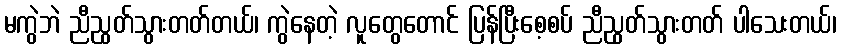
မကွဲဘဲ ညီညွတ်သွားတတ်တယ်၊ ကွဲနေတဲ့ လူတွေတောင် ပြန်ပြီးစေ့စပ် ညီညွတ်သွားတတ် ပါသေးတယ်၊